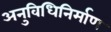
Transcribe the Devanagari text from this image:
अनुविधिनिर्माण